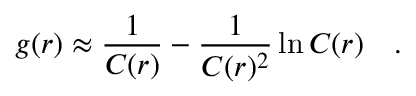
g ( r ) \approx \frac { 1 } { C ( r ) } - \frac { 1 } { C ( r ) ^ { 2 } } \ln C ( r ) \quad .